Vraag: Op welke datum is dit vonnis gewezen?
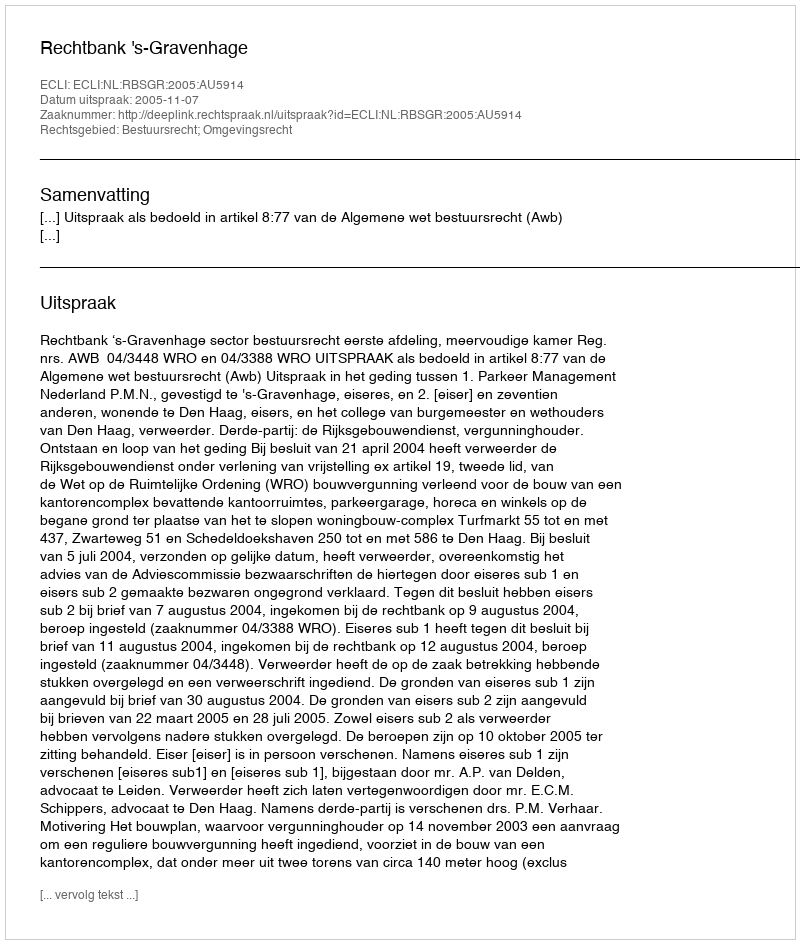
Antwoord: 2005-11-07